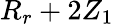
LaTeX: R_{r}+2Z_{1}